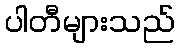
ပါတီများသည်